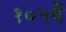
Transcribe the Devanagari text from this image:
१०५वें